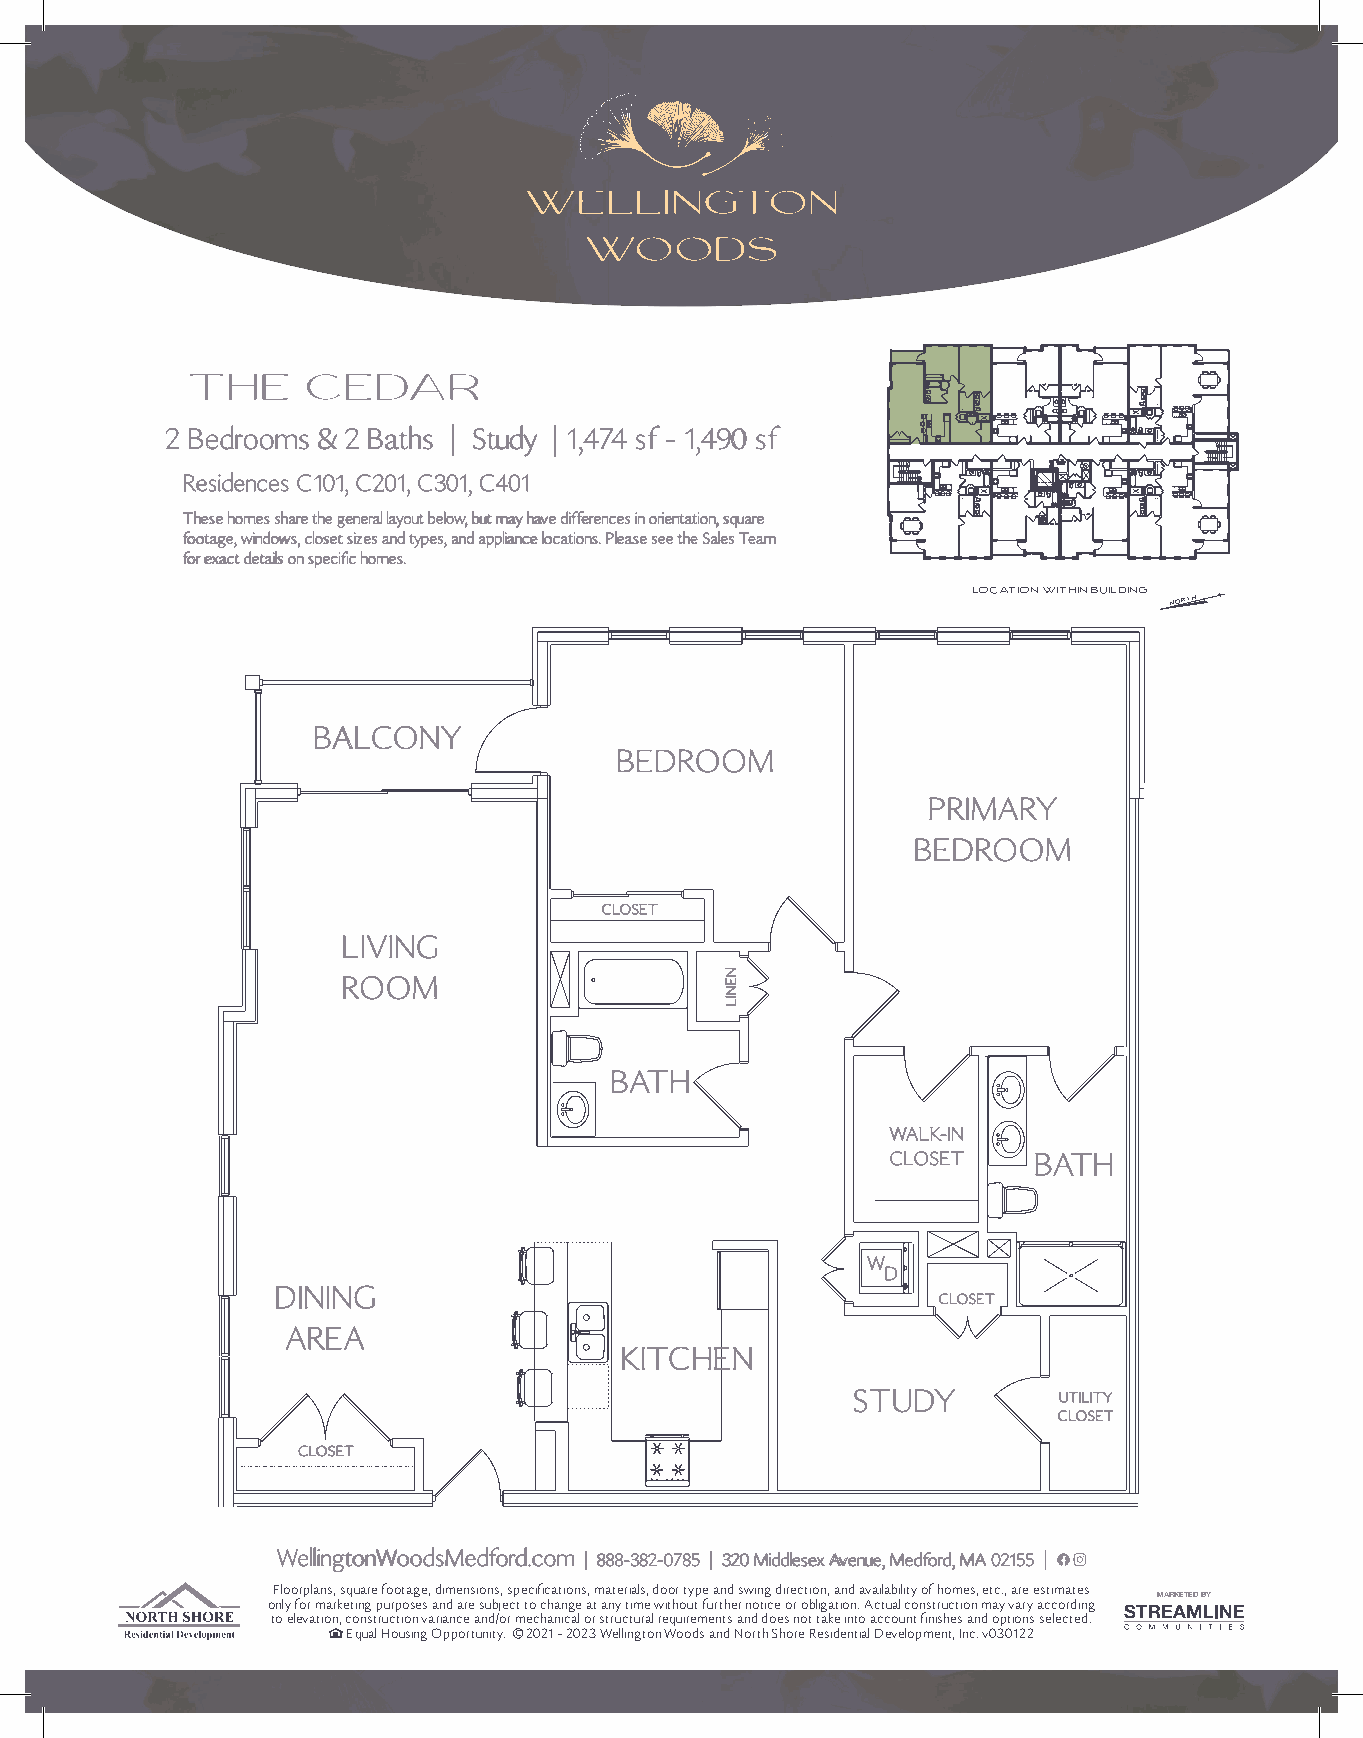
THE     CEDAR
 22 BBeeddrroooommss && 22 BBaatthhss || SSttuuddyy || 11,,447744 ssff -- 11,,449900 ssff
 RReessiiddeenncceess CC110011,, CC220011,, CC330011,, CC440011
 TThheessee hhoommeess sshhaarree tthhee ggeenneerraall llaayyoouutt bbeellooww,, bbuutt mmaayy hhaavvee ddiiffffeerreenncceess iinn oorriieennttaattiioonn,, ssqquuaarree
 ffoooottaaggee,, wwiinnddoowwss,, cclloosseett ssiizzeess aanndd ttyyppeess,, aanndd aapppplliiaannccee llooccaattiioonnss.. PPlleeaassee sseeee tthhee SSaalleess TTeeaamm
 ffoorr eexxaacctt ddeettaaiillss oonn ssppeecciiffiicc hhoommeess..
 LOCATION WITHIN BUILDING
 north
 BALCONY
 BEDROOM
 PRIMARY
 BEDROOM
 CLOSET
 LIVING
 ROOM
 BATH
 WALK-IN
 CLOSET   BATH
 W
 D
 DINING
 CLOSET
 AREA
 KITCHEN
 STUDY         UTILITY
 CLOSET
 white logo here
 CLOSET
 WWeelllliinnggttoonnWWooooddssMMeeddffoorrdd..ccoomm || 888888--338822--00778855 || 332200 MMiiddddlleesseexx AAvveennuuee,, MMeeddffoorrdd,, MMAA 0022115555 ||
 Floorplans, square footage, dimensions, specifications, materials, door type and swing direction, and availability of homes, etc., are estimates
 only for marketing purposes and are subject to change at any time without further notice or obligation. Actual construction may vary according MARKETED BY
 to elevation, construction variance and/or mechanical or structural requirements and does not take into account finishes and options selected.
 Equal Housing Opportunity. C 2021 - 2023 Wellington Woods and North Shore Residential Development, Inc. v030122
 NENIL